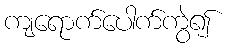
ကျရောက်ပေါက်ကွဲ၍